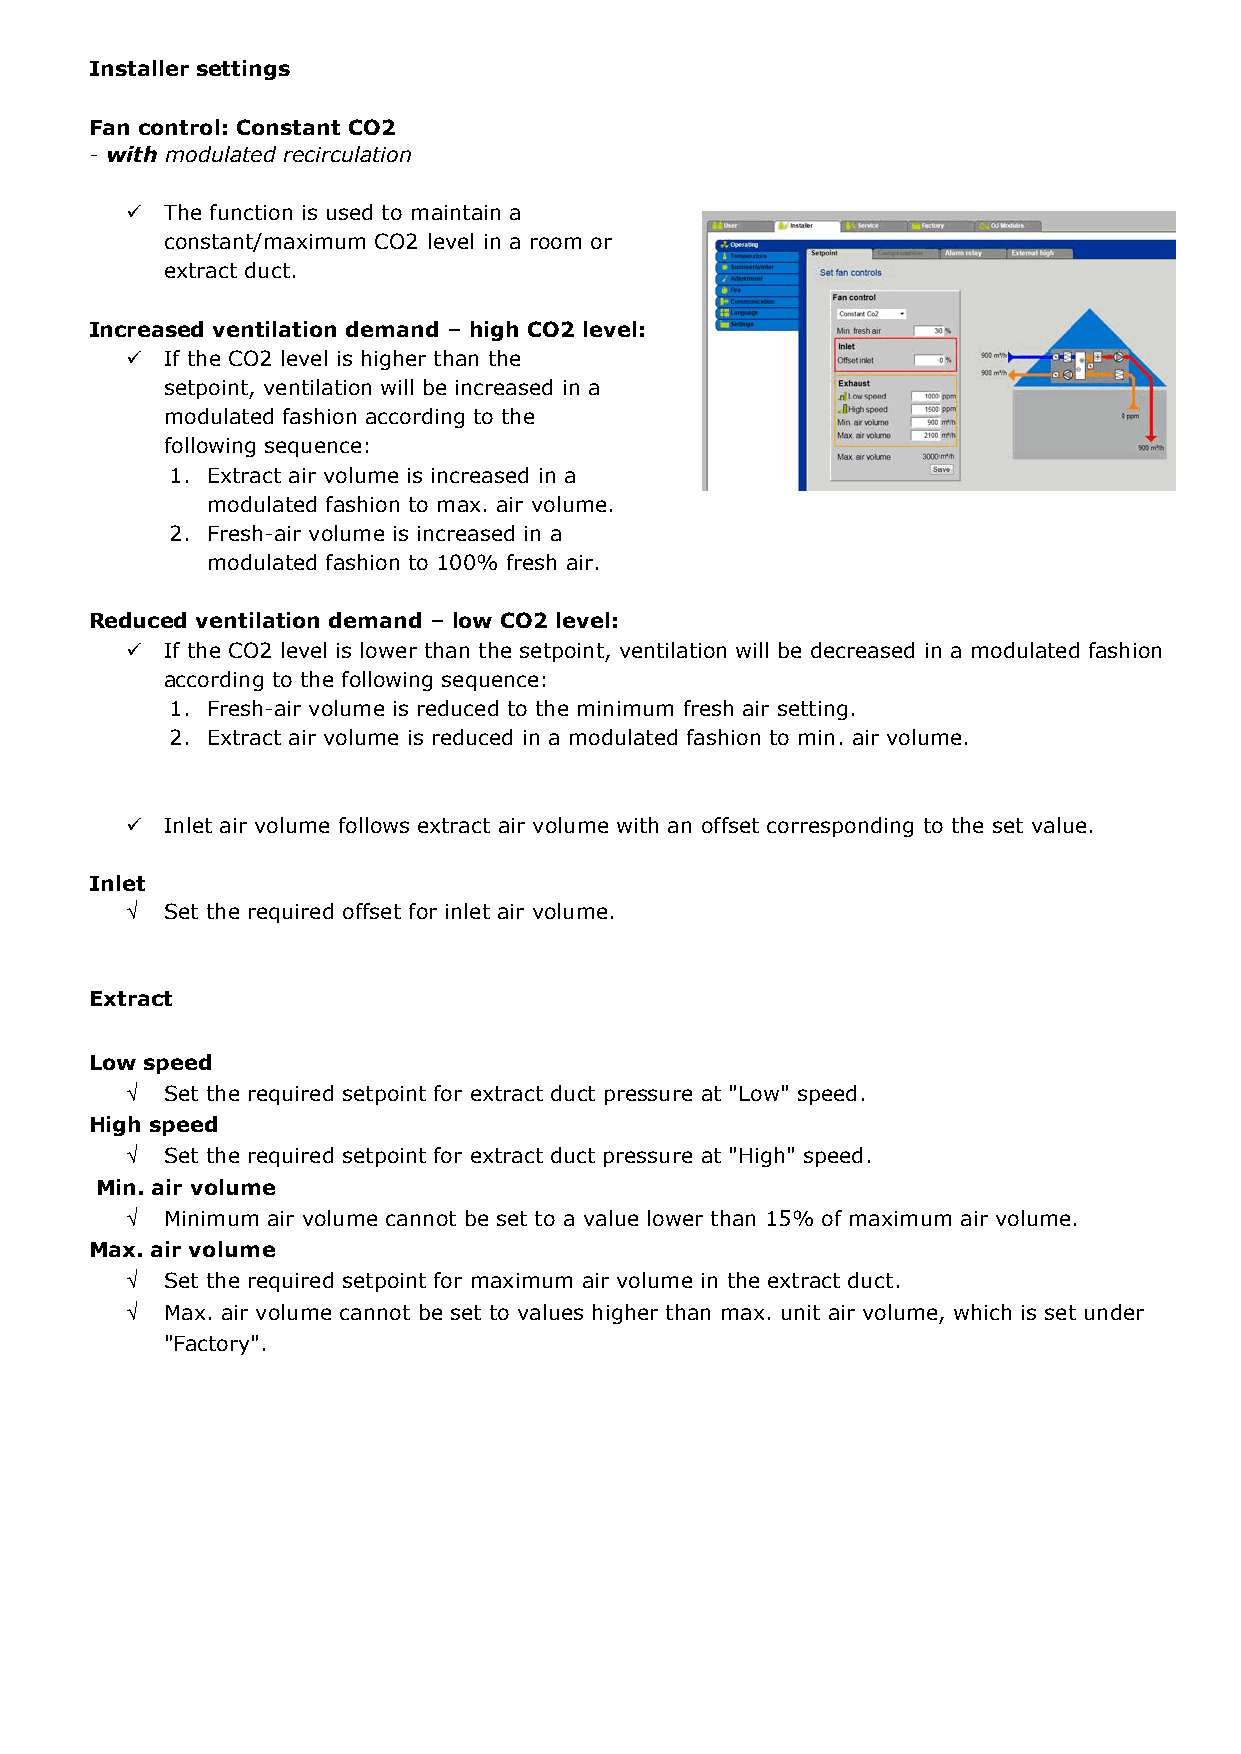
Installer settings Installer settings
 Fan control: Constant CO2 Fan control: Constant CO2
 - without modulated recirculation - with modulated recirculation
   The function is used to maintain a
  The function is used to maintain a constant/maximum CO2 level in a room or
 constant/maximum CO2 level in a room or extract duct.
 extract duct.
  If the CO2 level is higher than the Increased ventilation demand – high CO2 level:
 setpoint, extract volume will be increased  If the CO2 level is higher than the
 in a modulated fashion to max. air volume. setpoint, ventilation will be increased in a
  If the CO2 level is lower than the setpoint, modulated fashion according to the
 extract volume will be decreased in a following sequence:
 modulated fashion to min. air volume. 1. Extract air volume is increased in a
  Inlet air volume follows extract air volume modulated fashion to max. air volume.
 with an offset corresponding to the set 2. Fresh-air volume is increased in a
 value.        modulated fashion to 100% fresh air.
 Inlet Reduced ventilation demand – low CO2 level:
 √ Set the required offset for inlet air volume.  If the CO2 level is lower than the setpoint, ventilation will be decreased in a modulated fashion
 according to the following sequence:
 1. Fresh-air volume is reduced to the minimum fresh air setting.
 2. Extract air volume is reduced in a modulated fashion to min. air volume.
 Extract
 Low speed  Inlet air volume follows extract air volume with an offset corresponding to the set value.
 √ Set the required setpoint for extract duct pressure at "Low" speed.
 High speed
 Inlet
 √ Set the required setpoint for extract duct pressure at "High" speed.
 √  Set the required offset for inlet air volume.
 Min. air volume
 √ Minimum air volume cannot be set to a value lower than 15% of maximum air volume.
 Max. air volume
 Extract
 √ Set the required setpoint for maximum air volume in the extract duct.
 √ Max. air volume cannot be set to values higher than max. unit air volume, which is set under
 "Factory". Low speed
 √  Set the required setpoint for extract duct pressure at "Low" speed.
 High speed
 √  Set the required setpoint for extract duct pressure at "High" speed.
 Min. air volume
 √  Minimum air volume cannot be set to a value lower than 15% of maximum air volume.
 Max. air volume
 √  Set the required setpoint for maximum air volume in the extract duct.
 √  Max. air volume cannot be set to values higher than max. unit air volume, which is set under
 "Factory".